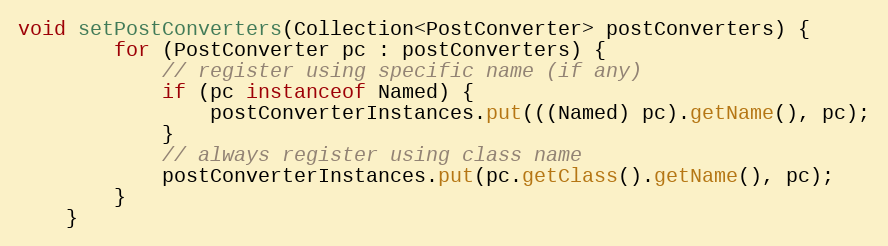
Language: Java
void setPostConverters(Collection<PostConverter> postConverters) {
        for (PostConverter pc : postConverters) {
            // register using specific name (if any)
            if (pc instanceof Named) {
                postConverterInstances.put(((Named) pc).getName(), pc);
            }
            // always register using class name
            postConverterInstances.put(pc.getClass().getName(), pc);
        }
    }